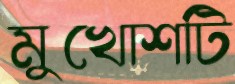
মুখোশটি